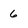
Character: 6